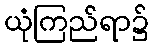
ယုံကြည်ရာ၌